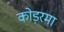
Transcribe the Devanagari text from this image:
कोड़रमा